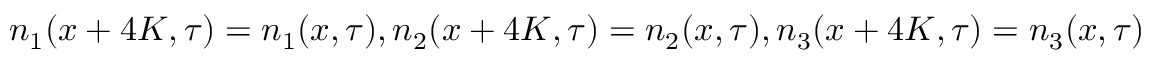
n _ { 1 } ( x + 4 K , \tau ) = n _ { 1 } ( x , \tau ) , n _ { 2 } ( x + 4 K , \tau ) = n _ { 2 } ( x , \tau ) , n _ { 3 } ( x + 4 K , \tau ) = n _ { 3 } ( x , \tau )